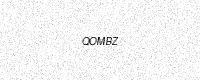
Text: QOMBZ